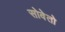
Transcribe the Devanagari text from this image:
सोवेतो